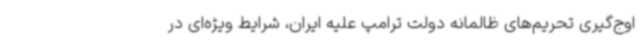
اوج‌گیری تحریم‌های ظالمانه دولت ترامپ علیه ایران، شرایط ویژه‌ای در